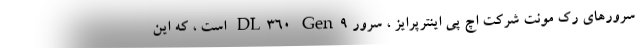
سرورهای رک مونت شرکت اچ پی اینترپرایز ، سرور DL360 Gen9 است ، که این